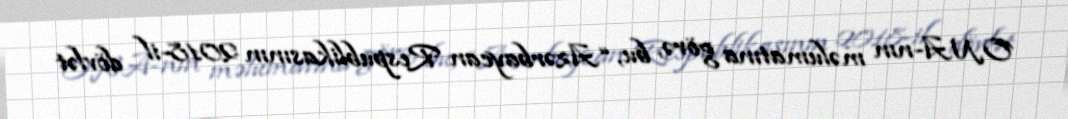
ONA-nın məlumatına görə, bu, “Azərbaycan Respublikasının 2018-il dövlət